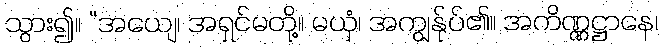
သွား၍။ “အယျေ၊ အရှင်မတို့။ မယှံ၊ အကျွန်ုပ်၏။ အကိဏ္ဏဋ္ဌာနေ၊